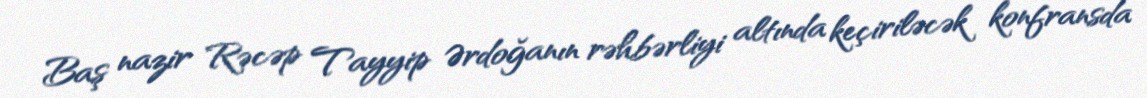
Baş nazir Rəcəp Tayyip Ərdoğanın rəhbərliyi altında keçiriləcək konfransda